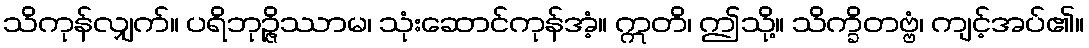
သိကုန်လျှက်။ ပရိဘုဉ္ဇိဿာမ၊ သုံးဆောင်ကုန်အံ့။ ဣတိ၊ ဤသို့။ သိက္ခိတဗ္ဗံ၊ ကျင့်အပ်၏။